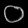
Digit: ၀